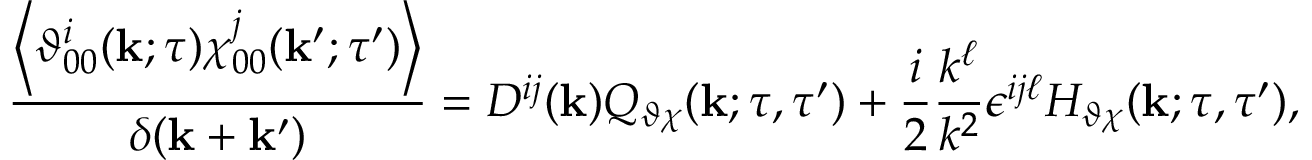
\frac { \left\langle { \vartheta _ { 0 0 } ^ { i } ( { \bf { k } } ; \tau ) \chi _ { 0 0 } ^ { j } ( { \bf { k } } ^ { \prime } ; \tau ^ { \prime } ) } \right\rangle } { \delta ( { \bf { k } } + { \bf { k } } ^ { \prime } ) } = D ^ { i j } ( { \bf { k } } ) Q _ { \vartheta \chi } ( { \bf { k } } ; \tau , \tau ^ { \prime } ) + \frac { i } { 2 } \frac { k ^ { \ell } } { k ^ { 2 } } \epsilon ^ { i j \ell } H _ { \vartheta \chi } ( { \bf { k } } ; \tau , \tau ^ { \prime } ) ,